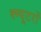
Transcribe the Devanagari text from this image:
क्म्यूटरों